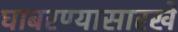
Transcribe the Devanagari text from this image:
घाबरण्यासारखे